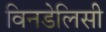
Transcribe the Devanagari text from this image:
विनडेलिसी